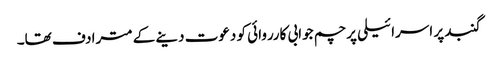
گنبد پر اسرائیلی پرچم جوابی کارروائی کو دعوت دینے کے مترادف تھا۔